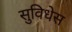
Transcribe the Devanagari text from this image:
सुविधेस